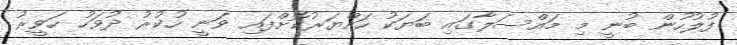
ފުލުހުން ބުނީ މި މައްސަލާގައި ބަޔަކު ހައްޔަރުކޮށްފައި ވަނީ ހުކުރު ދުވަހު ހަވީރު